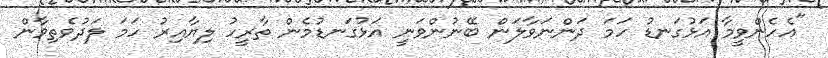
"އެހެންވީމާ އަޅުގަނޑު ހަމަ ދަންނަވާލަން ބޭނުންވަނީ އަޅުގަނޑުމެން ތާރީހު ލިޔާއިރު ހަމަ ލަދުވެތިވާން